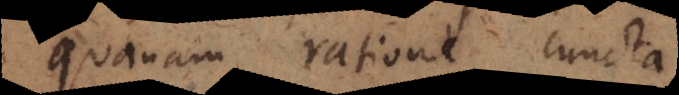
quanam ratione cunct